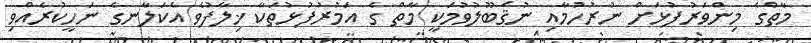
މާތްގެ މިންވަރުފުޅަށް ނުރުހުމާއި ނުޤަބޫލުވުމަކީ މާތް ގެ އަމުރުފުޅުތަކާ ޚިލާފުވެ އެކަލާނގެ ނަހީކުރެއްވި